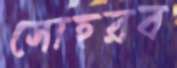
সোহরব